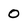
Character: 0